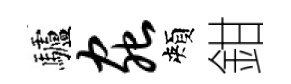
驢虫頰鉗